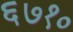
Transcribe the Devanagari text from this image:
६७१०